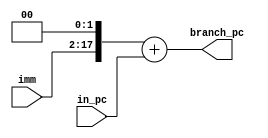
module branch_pc(in_pc,imm,branch_pc);

  // This pc takes care of the branch
  
  input [31:0]in_pc;
  input [15:0]imm;
  output reg [31:0] branch_pc=0;

  reg [31:0] temp_pc;

  always@(imm)
  begin
    temp_pc = imm;
    temp_pc = temp_pc<<2;
  end

  always@(in_pc,temp_pc)
  begin
    branch_pc = temp_pc + in_pc;
  end

endmodule